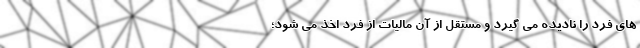
های فرد را نادیده می گیرد و مستقل از آن مالیات از فرد اخذ می شود؛